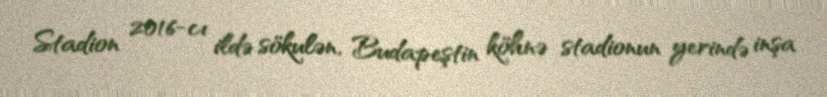
Stadion 2016-cı ildə sökulən, Budapeştin köhnə stadionun yerində inşa